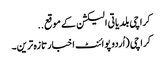
کراچی بلدیاتی الیکشن کے موقع ..
کراچی (اُردو پوائنٹ اخبارتازہ ترین۔